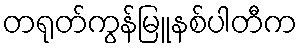
တရုတ်ကွန်မြူနစ်ပါတီက